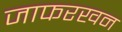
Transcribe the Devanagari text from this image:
जाफरखन